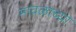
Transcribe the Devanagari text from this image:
मावळाच्या